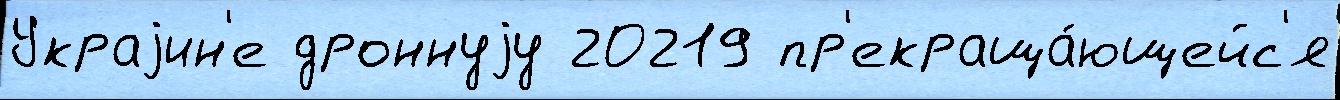
Украjин'е дроннуjу 20219 пр'екраща́ющейс'я